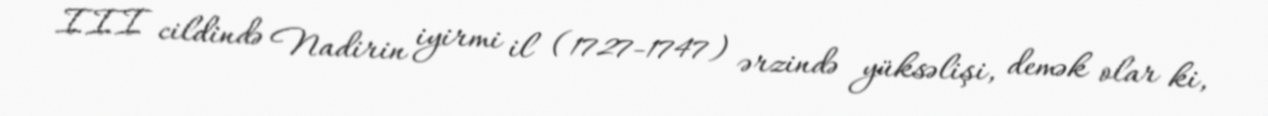
III cildində Nadirin iyirmi il (1727-1747) ərzində yüksəlişi, demək olar ki,